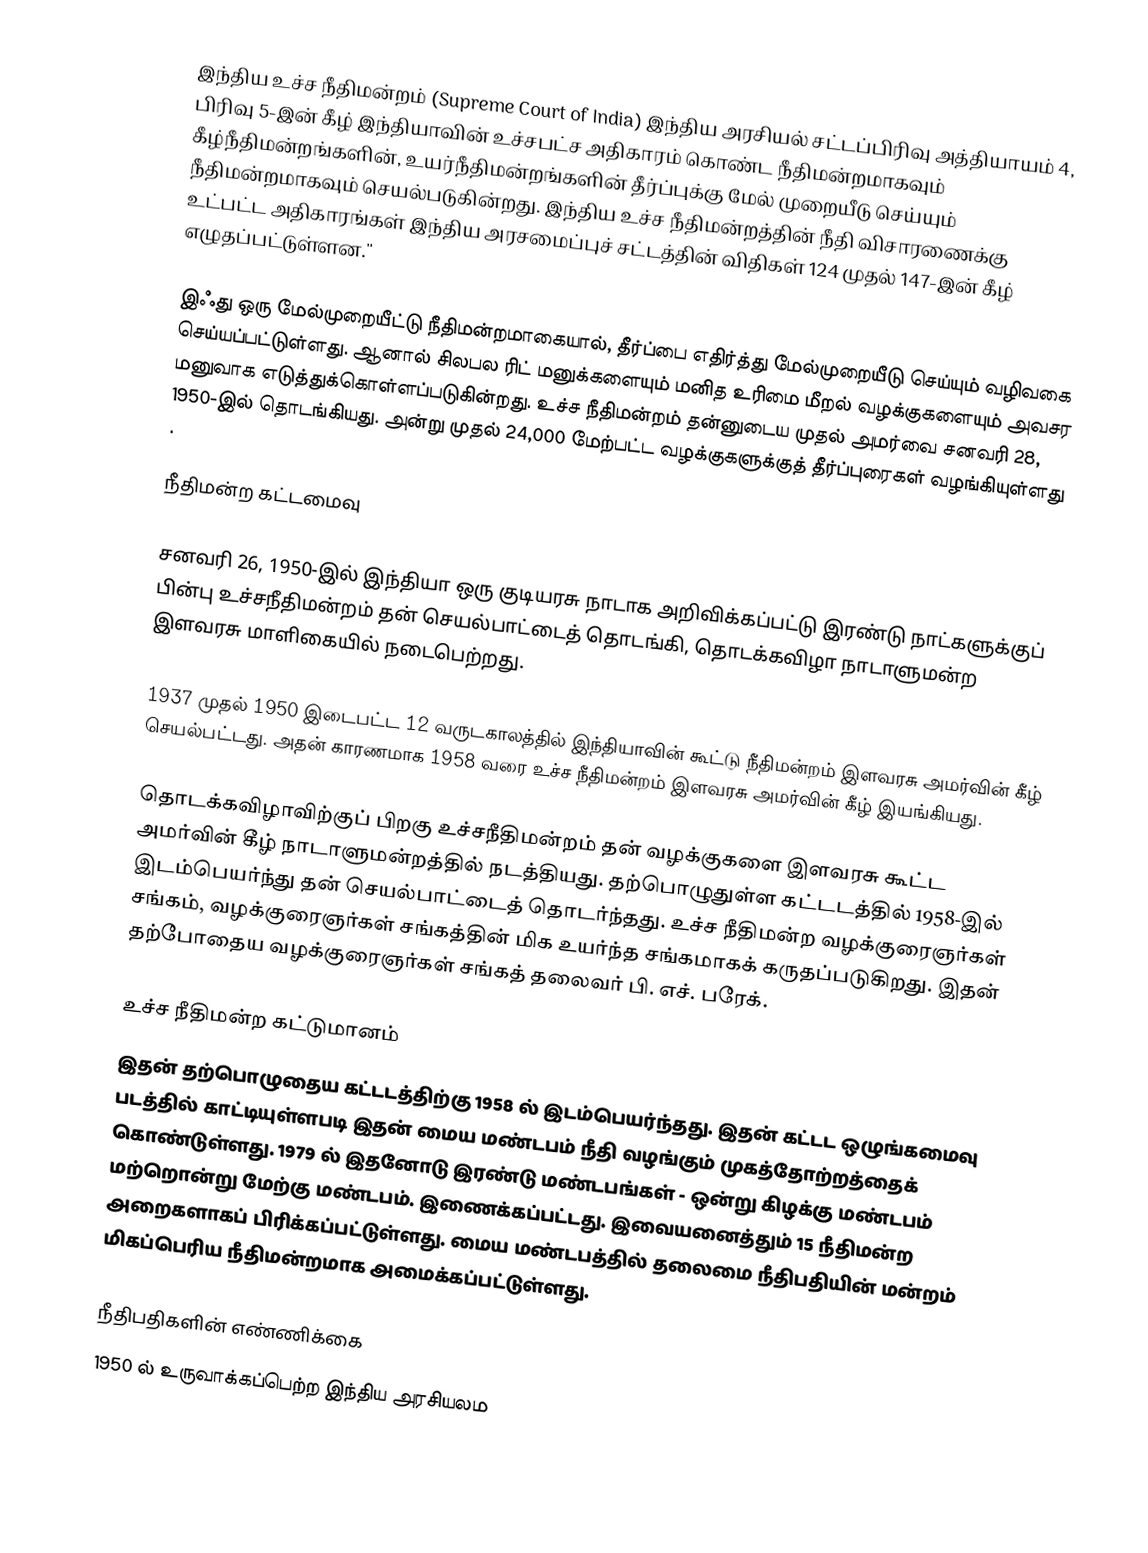
இந்திய உச்ச நீதிமன்றம் (Supreme Court of India) இந்திய அரசியல் சட்டப்பிரிவு அத்தியாயம் 4, பிரிவு 5-இன் கீழ் இந்தியாவின் உச்சபட்ச அதிகாரம் கொண்ட நீதிமன்றமாகவும் கீழ்நீதிமன்றங்களின், உயர்நீதிமன்றங்களின் தீர்ப்புக்கு மேல் முறையீடு செய்யும்  நீதிமன்றமாகவும் செயல்படுகின்றது. இந்திய உச்ச நீதிமன்றத்தின் நீதி விசாரணைக்கு உட்பட்ட அதிகாரங்கள் இந்திய அரசமைப்புச் சட்டத்தின் விதிகள் 124 முதல் 147-இன் கீழ் எழுதப்பட்டுள்ளன.''

இஃது ஒரு மேல்முறையீட்டு நீதிமன்றமாகையால், தீர்ப்பை எதிர்த்து மேல்முறையீடு செய்யும் வழிவகை செய்யப்பட்டுள்ளது. ஆனால் சிலபல ரிட் மனுக்களையும் மனித உரிமை மீறல் வழக்குகளையும் அவசர மனுவாக எடுத்துக்கொள்ளப்படுகின்றது.  உச்ச நீதிமன்றம் தன்னுடைய முதல் அமர்வை சனவரி 28, 1950-இல் தொடங்கியது.  அன்று முதல் 24,000 மேற்பட்ட வழக்குகளுக்குத் தீர்ப்புரைகள் வழங்கியுள்ளது .

நீதிமன்ற கட்டமைவு

சனவரி 26, 1950-இல்  இந்தியா ஒரு குடியரசு  நாடாக அறிவிக்கப்பட்டு இரண்டு நாட்களுக்குப் பின்பு உச்சநீதிமன்றம் தன் செயல்பாட்டைத் தொடங்கி, தொடக்கவிழா நாடாளுமன்ற இளவரசு மாளிகையில் நடைபெற்றது.

1937 முதல் 1950 இடைபட்ட  12 வருடகாலத்தில் இந்தியாவின் கூட்டு நீதிமன்றம் இளவரசு அமர்வின் கீழ் செயல்பட்டது.  அதன் காரணமாக 1958 வரை உச்ச நீதிமன்றம் இளவரசு அமர்வின் கீழ் இயங்கியது.

தொடக்கவிழாவிற்குப் பிறகு உச்சநீதிமன்றம் தன் வழக்குகளை   இளவரசு கூட்ட அமர்வின் கீழ்  நாடாளுமன்றத்தில் நடத்தியது. தற்பொழுதுள்ள கட்டடத்தில் 1958-இல் இடம்பெயர்ந்து தன் செயல்பாட்டைத் தொடர்ந்தது.  உச்ச நீதிமன்ற வழக்குரைஞர்கள் சங்கம், வழக்குரைஞர்கள் சங்கத்தின் மிக உயர்ந்த சங்கமாகக் கருதப்படுகிறது. இதன் தற்போதைய வழக்குரைஞர்கள் சங்கத் தலைவர் பி. எச். பரேக்.

உச்ச நீதிமன்ற கட்டுமானம்
இதன் தற்பொழுதைய கட்டடத்திற்கு  1958 ல் இடம்பெயர்ந்தது. இதன் கட்டட ஒழுங்கமைவு படத்தில் காட்டியுள்ளபடி இதன் மைய மண்டபம் நீதி வழங்கும் முகத்தோற்றத்தைக் கொண்டுள்ளது. 1979 ல் இதனோடு இரண்டு மண்டபங்கள் - ஒன்று கிழக்கு மண்டபம் மற்றொன்று மேற்கு மண்டபம். இணைக்கப்பட்டது. இவையனைத்தும் 15 நீதிமன்ற அறைகளாகப் பிரிக்கப்பட்டுள்ளது. மைய மண்டபத்தில்  தலைமை நீதிபதியின் மன்றம் மிகப்பெரிய நீதிமன்றமாக அமைக்கப்பட்டுள்ளது.

நீதிபதிகளின் எண்ணிக்கை
1950 ல் உருவாக்கப்பெற்ற இந்திய அரசியலம